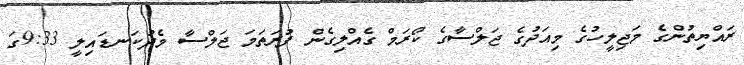
ރައްޔިތުންގެ މަޖިލީހުގެ މިއަދުގެ ޖަލްސާގެ ކޯރަމް ގެއްލިގެން ފުރަތަމަ ޖަލްސާ މެދުކަނޑައިލީ 9:33ގަ